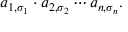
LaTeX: a _ { 1 , \sigma _ { 1 } } \cdot a _ { 2 , \sigma _ { 2 } } \cdots a _ { n , \sigma _ { n } } .